Madras plague regulations and rules - Volume 1
Disease focus: Plague
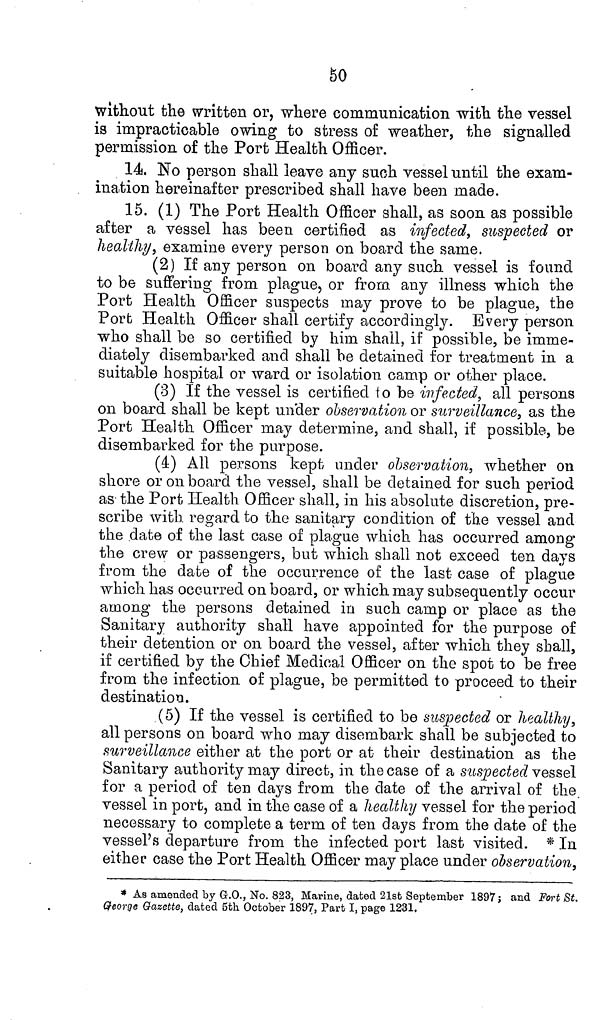
50
without the written or, where communication with the vessel
is impracticable owing to stress of weather, the signalled
permission of the Port Health Officer.
14. No person shall leave any such vessel until the exam-
ination hereinafter prescribed shall have been made.
15. (1) The Port Health Officer shall, as soon as possible
after a vessel has been certified as infected, suspected or
healthy, examine every person on board the same.
(2) If any person on board any such vessel is found
to be suffering from plague, or from any illness which the
Port Health Officer suspects may prove to be plague, the
Port Health Officer shall certify accordingly. Every person
who shall be so certified by him shall, if possible, be imme-
diately disembarked and shall be detained for treatment in a
suitable hospital or ward or isolation camp or other place.
(3) If the vessel is certified to be infected, all persons
on board shall be kept under observation or surveillance, as the
Port Health Officer may determine, and shall, if possible, be
disembarked for the purpose.
(4) All persons kept under observation, whether on
shore or on board the vessel, shall be detained for such period
as the Port Health Officer shall, in his absolute discretion, pre-
scribe with regard to the sanitary condition of the vessel and
the date of the last case of plague which has occurred among
the crew or passengers, but which shall not exceed ten days
from the date of the occurrence of the last case of plague
which has occurred on board, or which may subsequently occur
among the persons detained in such camp or place as the
Sanitary authority shall have appointed for the purpose of
their detention or on board the vessel, after which they shall,
if certified by the Chief Medical Officer on the spot to be free
from the infection of plague, be permitted to proceed to their
destination.
(5) If the vessel is certified to be suspected or healthy,
all persons on board who may disembark shall be subjected to
surveillance either at the port or at their destination as the
Sanitary authority may direct, in the case of a suspected vessel
for a period of ten days from the date of the arrival of the
vessel in port, and in the case of a healthy vessel for the period
necessary to complete a term of ten days from the date of the
vessel's departure from the infected port last visited. * In
either case the Port Health Officer may place under observation,
* As amended by G.O., No. 823, Marine, dated 21st September 1897 ; and Fort St.
George Gazette, dated 5th October 1897, Part I, page 1231,